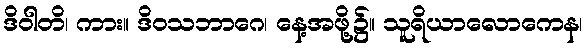
ဒိဝါတိ၊ ကား။ ဒိဝသဘာဂေ၊ နေ့အဖို့၌။ သူရိယာလောကေန၊